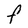
Character: F